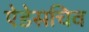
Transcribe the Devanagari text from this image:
ऐडेसचिव